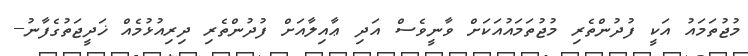
މުޖުތަމައު އަކީ ފުދުންތެރި މުޖުތަމައުއަކަށް ވާނީވެސް އަދި ޢާއިލާއަށް ފުދުންތެރި ދިރިއުޅުމެއް ޚަދީޖަތުގެފާނު--